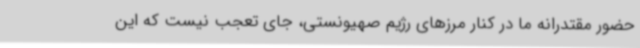
حضور مقتدرانه ما در کنار مرزهای رژیم صهیونستی، جای تعجب نیست که این